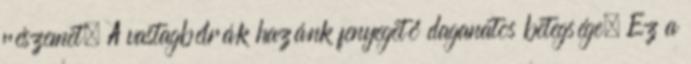
részemet. A vastagbélrák hazánk fenyegető daganatos betegsége. Ez a